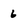
Character: 6